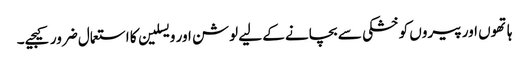
ہاتھوں اور پیروں کو خشکی سے بچانے کے لیے لوشن اور ویسلین کا استعمال ضرور کیجیے۔